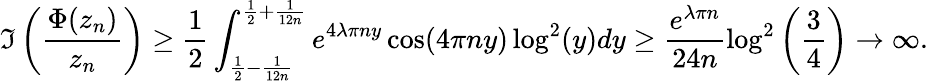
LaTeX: \Im\left(\frac{\Phi(z_{n})}{z_{n}}\right)\ge\frac{1}{2}\int_{\frac{1}{2}-\frac{1}{12n}}^{\frac{1}{2}+\frac{1}{12n}}e^{4\lambda\pi ny}\cos(4\pi ny)\log^{2}(y)dy\ge\frac{e^{\lambda\pi n}}{24n}\log^{2}\left(\frac{3}{4}\right)\to\infty.